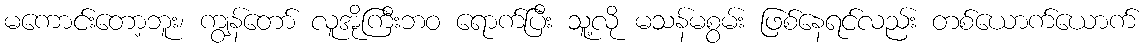
မကောင်းတော့ဘူး၊ ကျွန်တော် လူအိုကြီးဘဝ ရောက်ပြီး သူ့လို မသန်မစွမ်း ဖြစ်နေရင်လည်း တစ်ယောက်ယောက်